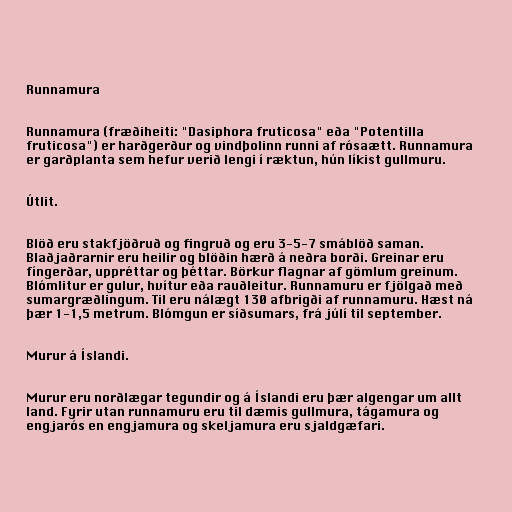
Runnamura

Runnamura (fræðiheiti: "Dasiphora fruticosa" eða "Potentilla
fruticosa") er harðgerður og vindþolinn runni af rósaætt. Runnamura
er garðplanta sem hefur verið lengi í ræktun, hún líkist gullmuru.

Útlit.

Blöð eru stakfjöðruð og fingruð og eru 3-5-7 smáblöð saman.
Blaðjaðrarnir eru heilir og blöðin hærð á neðra borði. Greinar eru
fíngerðar, uppréttar og þéttar. Börkur flagnar af gömlum greinum.
Blómlitur er gulur, hvítur eða rauðleitur. Runnamuru er fjölgað með
sumargræðlingum. Til eru nálægt 130 afbrigði af runnamuru. Hæst ná
þær 1-1,5 metrum. Blómgun er síðsumars, frá júlí til september.

Murur á Íslandi.

Murur eru norðlægar tegundir og á Íslandi eru þær algengar um allt
land. Fyrir utan runnamuru eru til dæmis gullmura, tágamura og
engjarós en engjamura og skeljamura eru sjaldgæfari.